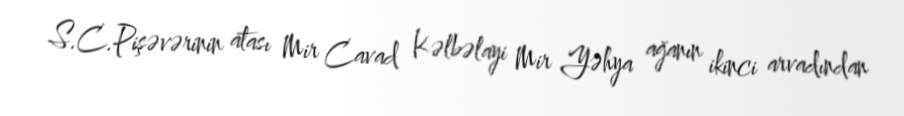
S.C.Pişəvərinin atası Mir Cavad Kəlbəlayi Mir Yəhya ağanın ikinci arvadından